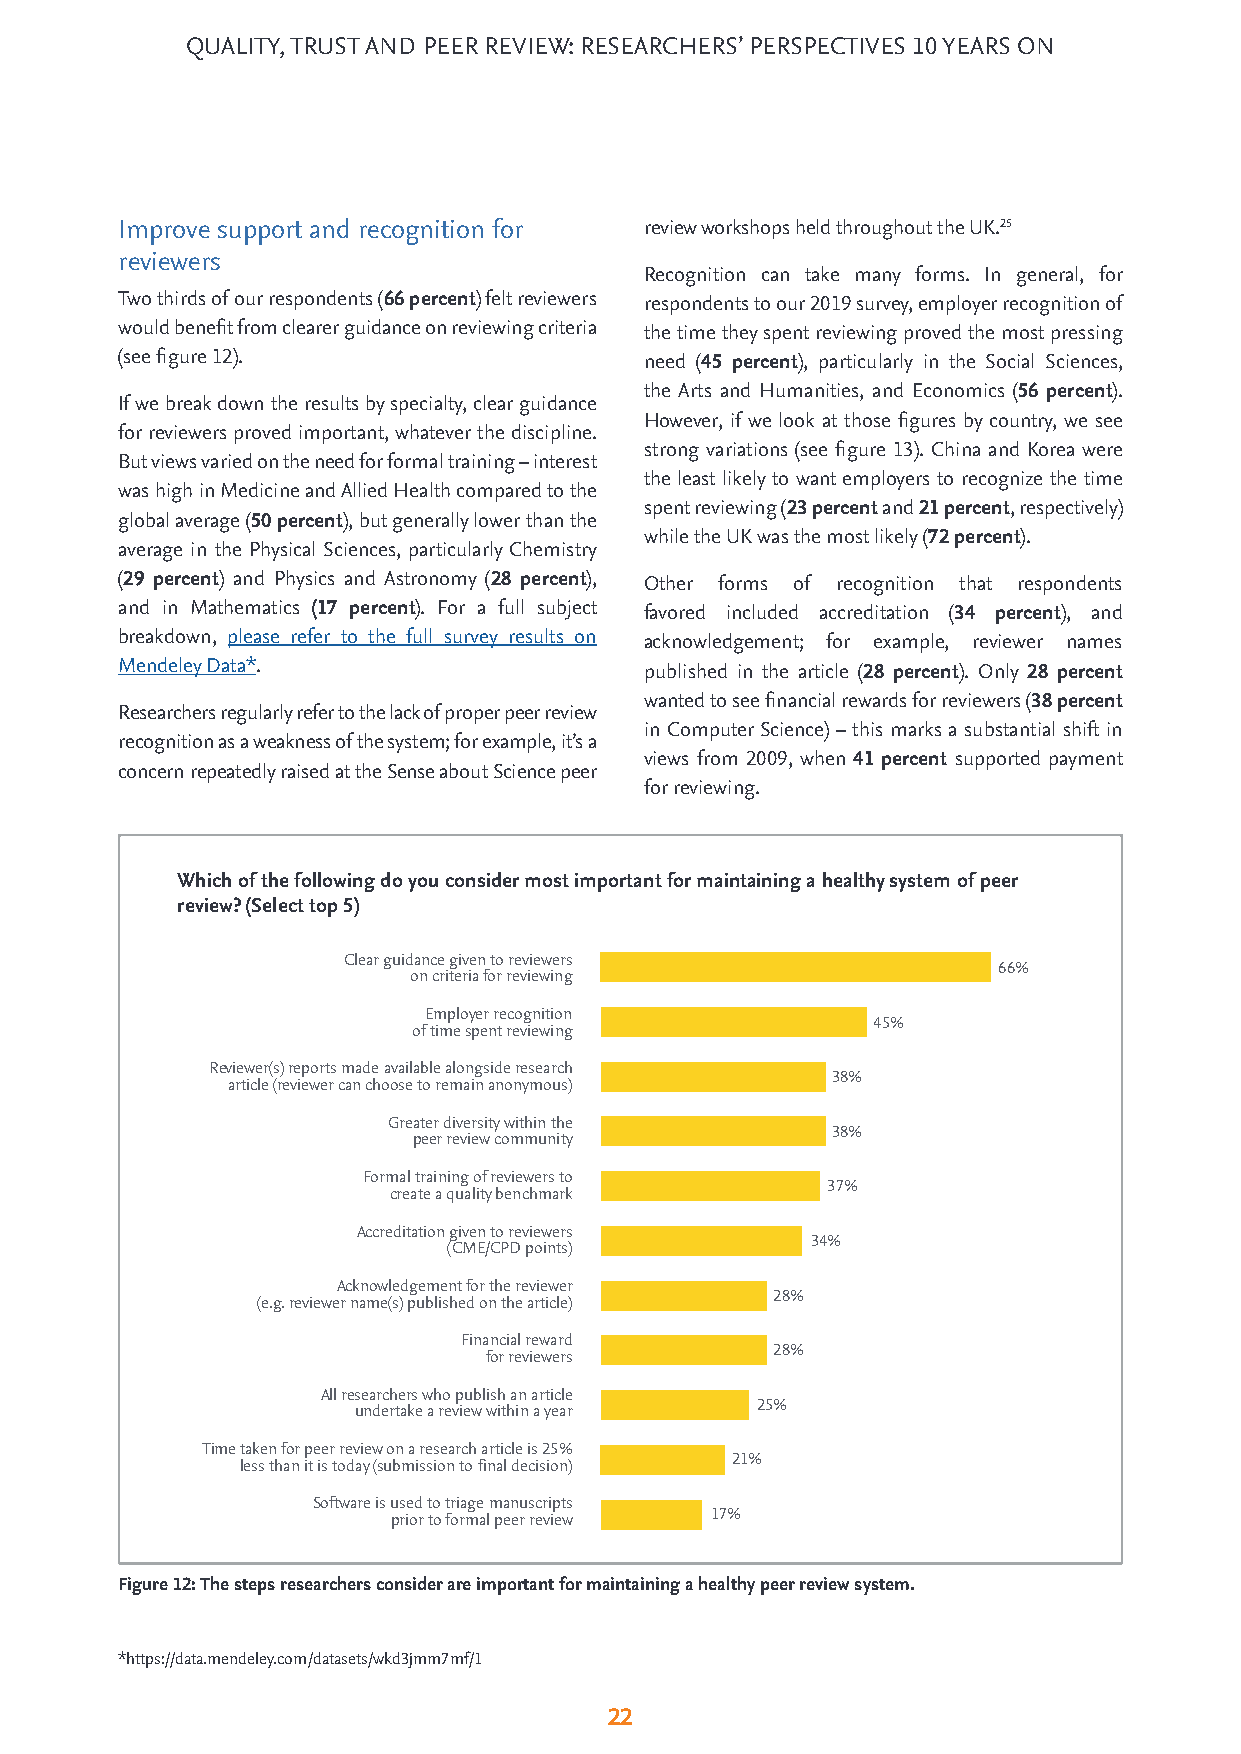
QUALITY, TRUST AND PEER REVIEW: RESEARCHERS’ PERSPECTIVES 10 YEARS ON
 Improve support and recognition for review workshops held throughout the UK.25
 reviewers
 Recognition can take many forms. In general, for
 Two thirds of our respondents (66 percent) felt reviewers respondents to our 2019 survey, employer recognition of
 would benefit from clearer guidance on reviewing criteria the time they spent reviewing proved the most pressing
 (see figure 12).                   need (45 percent), particularly in the Social Sciences,
 the Arts and Humanities, and Economics (56 percent).
 If we break down the results by specialty, clear guidance
 However, if we look at those figures by country, we see
 for reviewers proved important, whatever the discipline.
 strong variations (see figure 13). China and Korea were
 But views varied on the need for formal training – interest
 the least likely to want employers to recognize the time
 was high in Medicine and Allied Health compared to the
 spent reviewing (23 percent and 21 percent, respectively)
 global average (50 percent), but generally lower than the
 while the UK was the most likely (72 percent).
 average in the Physical Sciences, particularly Chemistry
 (29 percent) and Physics and Astronomy (28 percent), Other forms of recognition that respondents
 and in Mathematics (17 percent). For a full subject favored included accreditation (34 percent), and
 breakdown, please refer to the full survey results on acknowledgement; for example, reviewer names
 Mendeley Data*.                    published in the article (28 percent). Only 28 percent
 wanted to see financial rewards for reviewers (38 percent
 Researchers regularly refer to the lack of proper peer review
 in Computer Science) – this marks a substantial shift in
 recognition as a weakness of the system; for example, it’s a
 views from 2009, when 41 percent supported payment
 concern repeatedly raised at the Sense about Science peer
 for reviewing.
 Which of the following do you consider most important for maintaining a healthy system of peer
 review? (Select top 5)
 Clear guidance given to reviewers
 66%
 on criteria for reviewing
 Employer recognition
 45%
 of time spent reviewing
 Reviewer(s) reports made available alongside research
 38%
 article (reviewer can choose to remain anonymous)
 Greater diversity within the
 38%
 peer review community
 Formal training of reviewers to
 37%
 create a quality benchmark
 Accreditation given to reviewers
 34%
 (CME/CPD points)
 Acknowledgement for the reviewer
 28%
 (e.g. reviewer name(s) published on the article)
 Financial reward
 28%
 for reviewers
 All researchers who publish an article
 25%
 undertake a review within a year
 Time taken for peer review on a research article is 25%
 21%
 less than it is today (submission to final decision)
 Software is used to triage manuscripts
 17%
 prior to formal peer review
 Figure 12: The steps researchers consider are important for maintaining a healthy peer review system.
 *https://data.mendeley.com/datasets/wkd3jmm7mf/1
 22